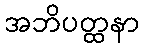
အဘိပတ္ထနာ